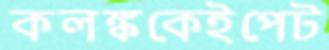
কলঙ্ককেইপেট